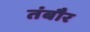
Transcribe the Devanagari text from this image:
तंबौर